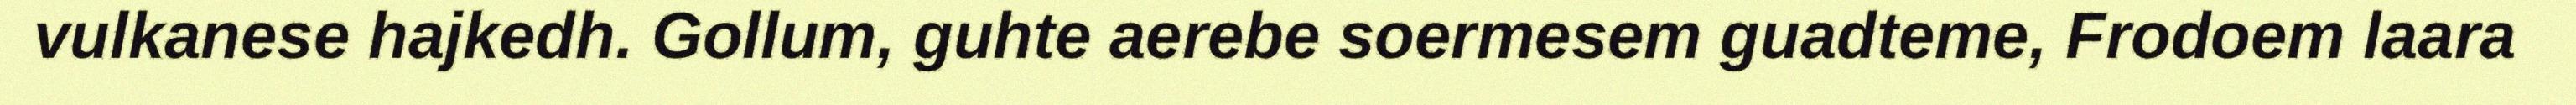
vulkanese hajkedh. Gollum, guhte aerebe soermesem guadteme, Frodoem laara